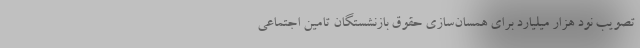
تصویب نود هزار میلیارد برای همسان‌سازی حقوق بازنشستگان تامین اجتماعی